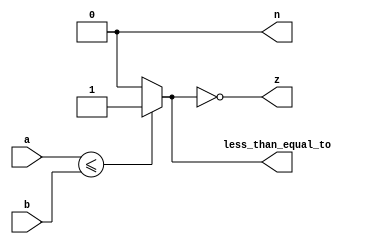
module rel_less_equal_to (input[31:0] a,b, output reg less_than_equal_to , z ,n);
   always @ (a,b)
    begin
    
      less_than_equal_to=(a<=b)?1:0;
        
      n = 0;
      z = !less_than_equal_to;
     
     
    end
 
endmodule